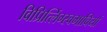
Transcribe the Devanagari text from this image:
विप्रित्लिंग्स्वभावियों